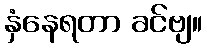
နှံနေရတာ ခင်ဗျ။